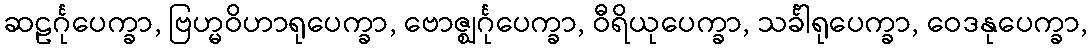
ဆဠင်္ဂုပေက္ခာ, ဗြဟ္မဝိဟာရုပေက္ခာ, ဗောဇ္ဈင်္ဂုပေက္ခာ, ဝီရိယုပေက္ခာ, သင်္ခါရုပေက္ခာ, ဝေဒနုပေက္ခာ,